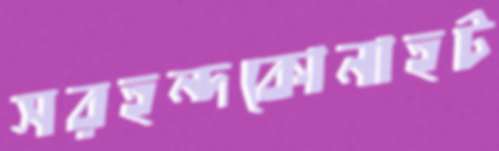
সরহন্দকোনাহট